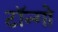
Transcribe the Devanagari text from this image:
टॉन्गो